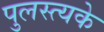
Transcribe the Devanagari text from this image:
पुलस्त्यके